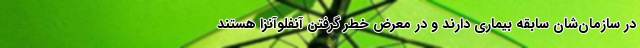
در سازمان‌شان سابقه بیماری دارند و در معرض خطر گرفتن آنفلوآنزا هستند